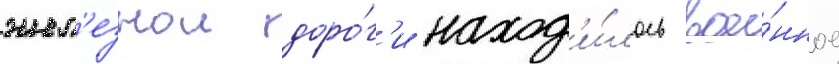
жел'езнои доро́г'и наход'и́лось вое́нное